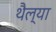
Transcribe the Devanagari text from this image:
थैल्या